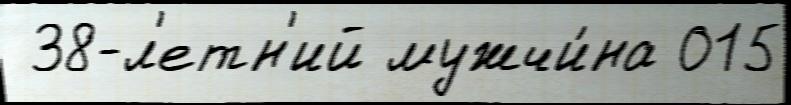
 38-л'етн'ий мужчи́на 015